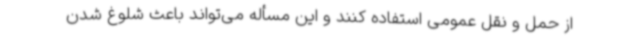
از حمل و نقل عمومی استفاده کنند و این مسأله می‌تواند باعث شلوغ شدن